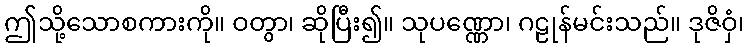
ဤသို့သောစကားကို။ ဝတွာ၊ ဆိုပြီး၍။ သုပဏ္ဏော၊ ဂဠုန်မင်းသည်။ ဒုဇိဝှံ၊